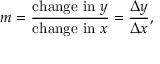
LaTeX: m = { \frac { { \mathrm { c h a n g e ~ i n ~ } } y } { { \mathrm { c h a n g e ~ i n ~ } } x } } = { \frac { \Delta y } { \Delta x } } ,